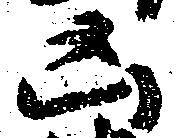
凶